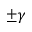
\pm \gamma